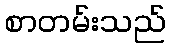
စာတမ်းသည်